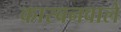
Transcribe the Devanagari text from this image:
कारबनवाले